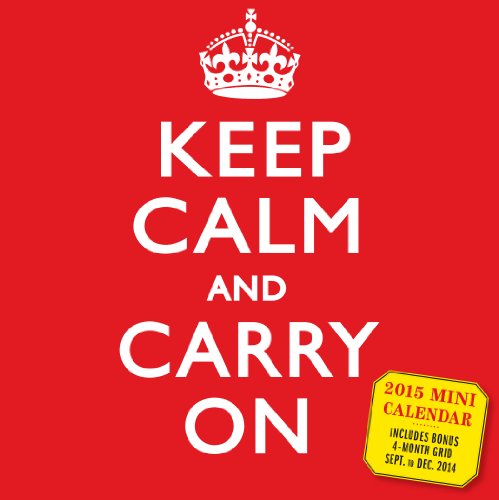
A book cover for Keep Calm and Carry On 2015 Mini Calendar; Workman Publishing; Calendars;